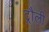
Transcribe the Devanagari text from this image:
ट्रौली